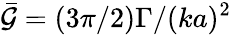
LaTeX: {\cal\bar{G}}=(3\pi/2)\Gamma/(ka)^{2}